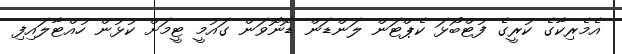
އެމެރިކާގެ ކުރީގެ ފުޓްބޯޅަ ކެޕްޓަން ލަންޑަން ޑޮނޮވަން ގައުމީ ޓީމަށް ކުޅުން ހުއްޓާލައިފި